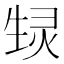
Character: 𬎶